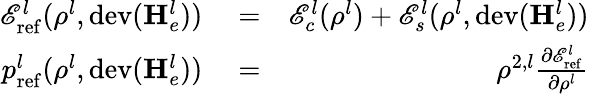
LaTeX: \begin{array}{rlr}{\mathscr{E}_{\mathrm{ref}}^{l}(\rho^{l},\mathrm{dev}(\mathbf{H}_{e}^{l}))}&{{}=}&{\mathscr{E}_{c}^{l}(\rho^{l})+\mathscr{E}_{s}^{l}(\rho^{l},\mathrm{dev}(\mathbf{H}_{e}^{l}))}\\ {p_{\mathrm{ref}}^{l}(\rho^{l},\mathrm{dev}(\mathbf{H}_{e}^{l}))}&{{}=}&{\rho^{2,l}\frac{\partial\mathscr{E}_{\mathrm{ref}}^{l}}{\partial\rho^{l}}}\end{array}